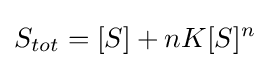
S_{tot}=[S]+nK[S]^{n}